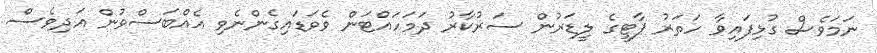
ނަމަވެސް ގުޅިފައިވާ ހަތަރު ޕާޓީގެ ލީޑަރުން ސަރުކާރު ދަމަހައްޓަން ވެވަޑައިގެންނެވި އެއްބަސްވުން އަދިވެސް